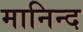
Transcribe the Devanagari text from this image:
मानिन्द